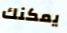
يمكنك